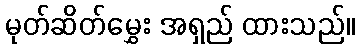
မုတ်ဆိတ်မွှေး အရှည် ထားသည်။